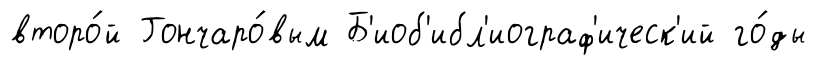
второ́й Гончаро́вым Б'иоб'ибл'иограф'ическ'ий го́ды